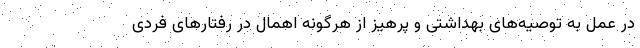
در عمل به توصیه‌های بهداشتی و پرهیز از هرگونه اهمال در رفتارهای فردی